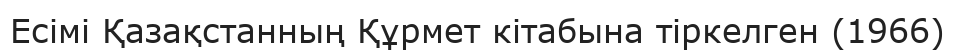
Есімі Қазақстанның Құрмет кітабына тіркелген (1966)